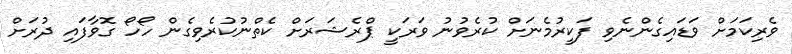
ވެރިކަމަށް ވަޑައިގެންނެވި ފަކީރުމެނަށް ކުރެވުނު ވަރަކީ ޕްރެޝަރަށް ކެތްނުކުރެވިގެން ހޯހޯ ގޮވާފައި ދުރަށް